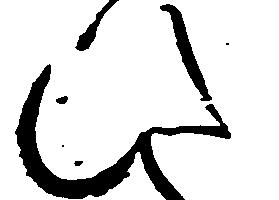
ひ